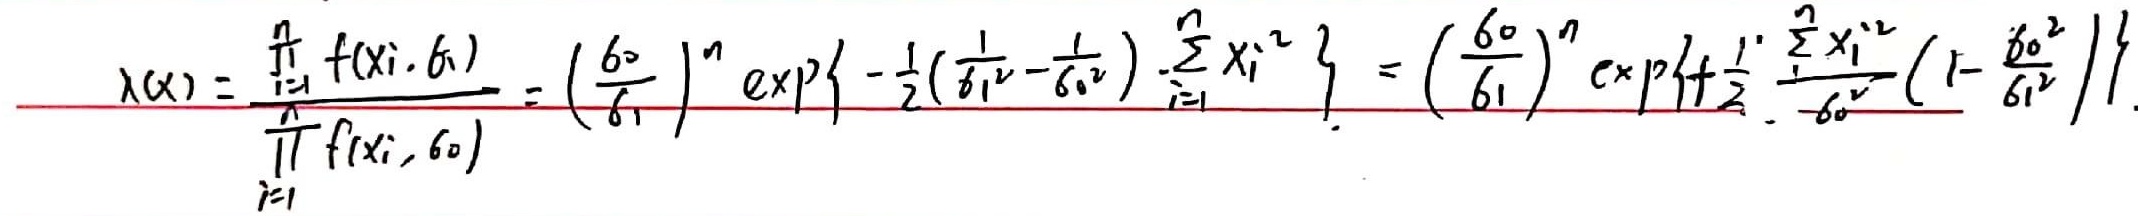
\[
\lambda(\boldsymbol{x})=\frac{\prod_{i = 1}^{n}f(x_{i},\sigma_{1})}{\prod_{i = 1}^{n}f(x_{i},\sigma_{0})}=\left(\frac{\sigma_{0}}{\sigma_{1}}\right)^{n}\exp\left\{-\frac{1}{2}\left(\frac{1}{\sigma_{1}^{2}}-\frac{1}{\sigma_{0}^{2}}\right)\sum_{i = 1}^{n}x_{i}^{2}\right\}=\left(\frac{\sigma_{0}}{\sigma_{1}}\right)^{n}\exp\left\{\frac{1}{2}\frac{\sum_{i = 1}^{n}x_{i}^{2}}{\sigma_{0}^{2}}\left(1 - \frac{\sigma_{0}^{2}}{\sigma_{1}^{2}}\right)\right\}
\]